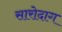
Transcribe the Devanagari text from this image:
सारोदाग